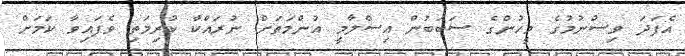
އެފަދަ ވިސްނުމުގެ މީހުންގެ ސަބަބުން އިސްލާމީ އުންމަތަށް ނުރައްކާ ކުރިމަތި ވެފައިވާ ކަމަށް